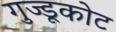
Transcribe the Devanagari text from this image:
गुज्डूकोट